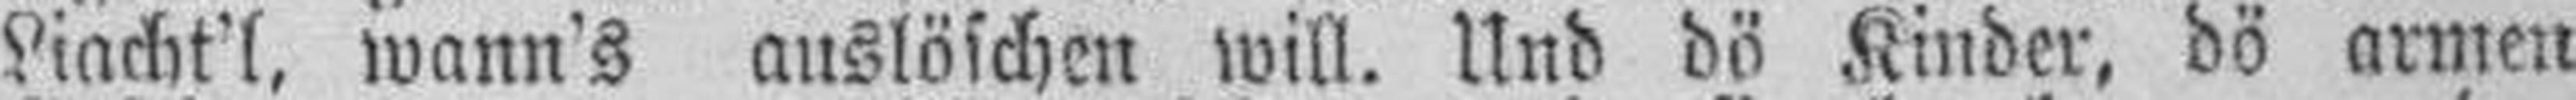
Liacht'l, wann's auslöschen will. Und dö Kinder, dö armen